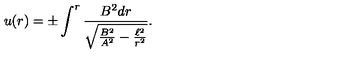
u ( r ) = \pm \int ^ { r } \frac { B ^ { 2 } d r } { \sqrt { \frac { B ^ { 2 } } { A ^ { 2 } } - \frac { \ell ^ { 2 } } { r ^ { 2 } } } } .